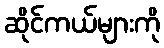
ဆိုင်ကယ်များကို